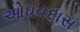
ઓધવદાસ